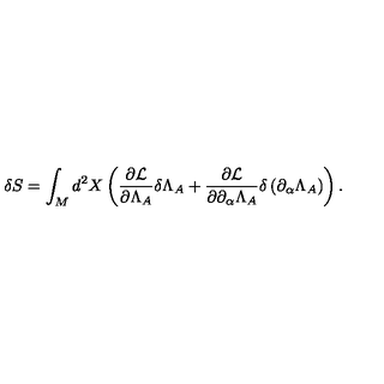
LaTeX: \delta S = \int _ { M } d ^ { 2 } X \mathrm { } \left( \frac { \partial { \cal L } } { \partial \Lambda _ { A } } \mathrm { } \delta \Lambda _ { A } + \frac { \partial { \cal L } } { \partial \partial _ { \alpha } \Lambda _ { A } } \mathrm { } \delta \left( \partial _ { \alpha } \Lambda _ { A } \right) \right) \mathrm { . }